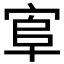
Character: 𰍄